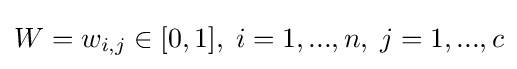
W=w_{i,j}\in [0,1],\;i=1,...,n,\;j=1,...,c